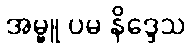
အမ္ဗူ ပမ နိဒ္ဒေသ